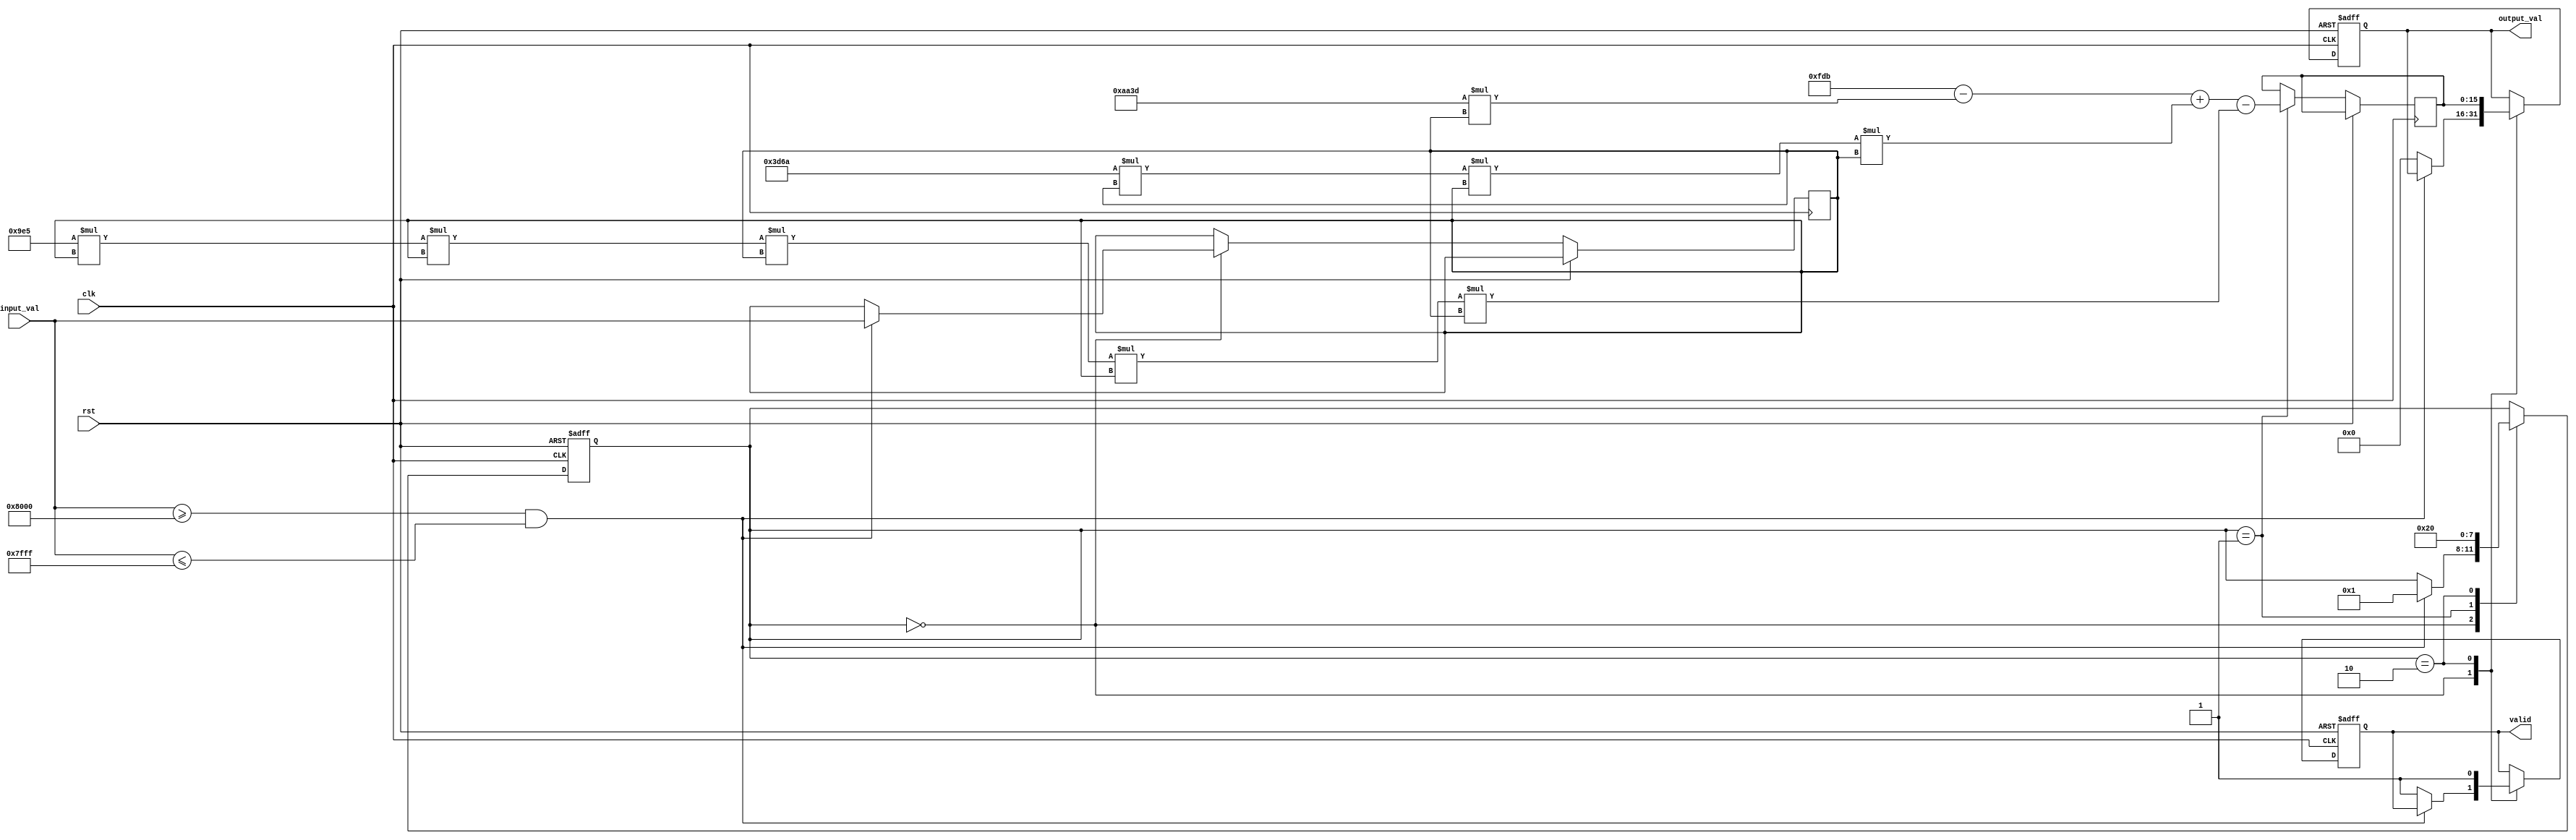
module acos_block #(
    parameter N = 16, // Input width (bits)
    parameter M = 16   // Output width (bits)
)(
    input wire clk,                // Clock signal
    input wire rst,                // Reset signal
    input wire [N-1:0] input_val,  // Input value in fixed-point format
    output reg [M-1:0] output_val, // Output value in fixed-point format
    output reg valid               // Output valid signal
);

    // Internal signals
    reg [N-1:0] x;
    reg [M-1:0] acos_result;
    reg [3:0] state; // State for FSM

    // Polynomial coefficients for approximation (example coefficients)
    localparam [M-1:0] C0 = 32'h3F490FDB; // /2
    localparam [M-1:0] C1 = 32'h3F2AAA3D; // -1/6
    localparam [M-1:0] C2 = 32'h3E4C3D6A; // 1/120
    localparam [M-1:0] C3 = 32'h3D6A09E5; // -1/5040

    // State machine for processing
    always @(posedge clk or posedge rst) begin
        if (rst) begin
            output_val <= 0;
            valid <= 0;
            state <= 0;
        end else begin
            case (state)
                0: begin
                    // Input validation
                    if (input_val >= 16'h8000 && input_val <= 16'h7FFF) begin // Check range [-1, 1]
                        x <= input_val;
                        state <= 1;
                    end else begin
                        // Handle invalid input
                        output_val <= 0; // or some error code
                        valid <= 1;
                    end
                end
                1: begin
                    // Compute acos using polynomial approximation
                    // Example: acos(x)  /2 - sqrt(1-x^2) + higher order terms
                    // Here we will use a simple approximation for demonstration
                    // Note: This is a placeholder for actual polynomial evaluation
                    acos_result <= C0 - (C1 * x) + (C2 * x * x * x) - (C3 * x * x * x * x * x);
                    state <= 2;
                end
                2: begin
                    // Output the result
                    output_val <= acos_result;
                    valid <= 1;
                    state <= 0; // Go back to initial state
                end
            endcase
        end
    end

endmodule